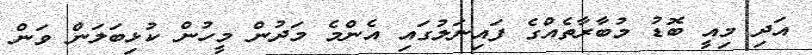
އަދި މިއީ ބޮޑު މުބާރާތެއްގެ ފައިނަލުގައި އެންމެ މަދުން މީހުން ކުޅިބަލަން ވަން